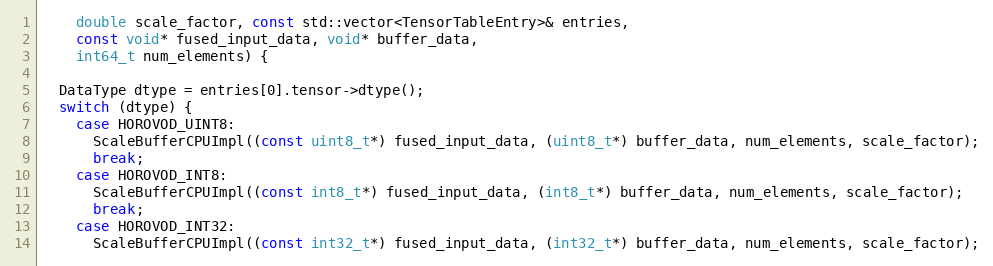
Language: C++
    double scale_factor, const std::vector<TensorTableEntry>& entries,
    const void* fused_input_data, void* buffer_data,
    int64_t num_elements) {

  DataType dtype = entries[0].tensor->dtype();
  switch (dtype) {
    case HOROVOD_UINT8:
      ScaleBufferCPUImpl((const uint8_t*) fused_input_data, (uint8_t*) buffer_data, num_elements, scale_factor);
      break;
    case HOROVOD_INT8:
      ScaleBufferCPUImpl((const int8_t*) fused_input_data, (int8_t*) buffer_data, num_elements, scale_factor);
      break;
    case HOROVOD_INT32:
      ScaleBufferCPUImpl((const int32_t*) fused_input_data, (int32_t*) buffer_data, num_elements, scale_factor);